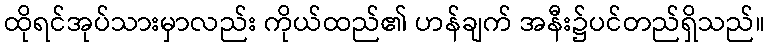
ထိုရင်အုပ်သားမှာလည်း ကိုယ်ထည်၏ ဟန်ချက် အနီး၌ပင်တည်ရှိသည်။